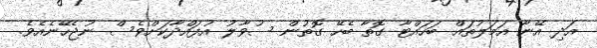
އަދި އޭނާ އަމަލުތައް ބަހައްޓާ ގޮތާ ބެހޭ ގޮތުން ސުވާލު އުފައްދާކަށްވެސް ނުޖެހޭނެއެވެ.